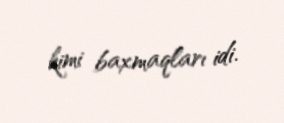
kimi baxmaqları idi.